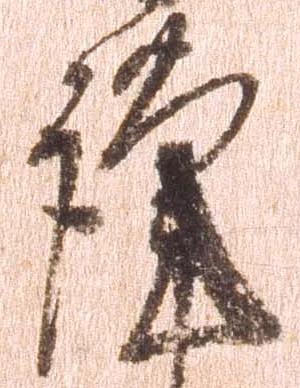
謹